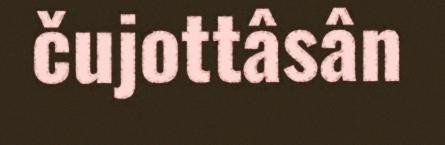
čujottâsân